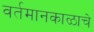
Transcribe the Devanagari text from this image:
वर्तमानकाळाचे